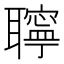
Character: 聹